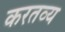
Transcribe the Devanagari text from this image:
करतव्य